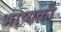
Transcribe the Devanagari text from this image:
भाष्यकी